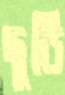
ছুডি